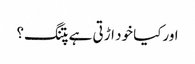
اورکیا خود اڑتی ہے پتنگ؟